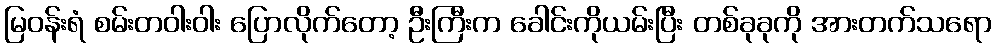
မြဝန်းရံ စမ်းတဝါးဝါး ပြောလိုက်တော့ ဦးကြီးက ခေါင်းကိုယမ်းပြီး တစ်ခုခုကို အားတက်သရော